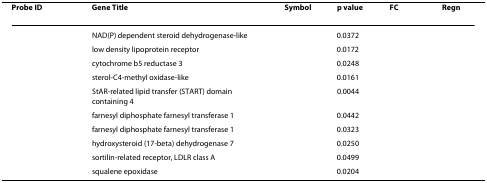
<table><thead><tr><td><b>Probe ID</b></td><td><b>Gene Title</b></td><td><b>Symbol</b></td><td><b>p value</b></td><td><b>FC</b></td><td><b>Regn</b></td></tr></thead><tbody><tr><td>[EMPTY_CELL]</td><td>NAD(P) dependent steroid dehydrogenase-like</td><td>[EMPTY_CELL]</td><td>0.0372</td><td>[EMPTY_CELL]</td><td>[EMPTY_CELL]</td></tr><tr><td>[EMPTY_CELL]</td><td>low density lipoprotein receptor</td><td>[EMPTY_CELL]</td><td>0.0172</td><td>[EMPTY_CELL]</td><td>[EMPTY_CELL]</td></tr><tr><td>[EMPTY_CELL]</td><td>cytochrome b5 reductase 3</td><td>[EMPTY_CELL]</td><td>0.0248</td><td>[EMPTY_CELL]</td><td>[EMPTY_CELL]</td></tr><tr><td>[EMPTY_CELL]</td><td>sterol-C4-methyl oxidase-like</td><td>[EMPTY_CELL]</td><td>0.0161</td><td>[EMPTY_CELL]</td><td>[EMPTY_CELL]</td></tr><tr><td>[EMPTY_CELL]</td><td>StAR-related lipid transfer (START) domain containing 4</td><td>[EMPTY_CELL]</td><td>0.0044</td><td>[EMPTY_CELL]</td><td>[EMPTY_CELL]</td></tr><tr><td>[EMPTY_CELL]</td><td>farnesyl diphosphate farnesyl transferase 1</td><td>[EMPTY_CELL]</td><td>0.0442</td><td>[EMPTY_CELL]</td><td>[EMPTY_CELL]</td></tr><tr><td>[EMPTY_CELL]</td><td>farnesyl diphosphate farnesyl transferase 1</td><td>[EMPTY_CELL]</td><td>0.0323</td><td>[EMPTY_CELL]</td><td>[EMPTY_CELL]</td></tr><tr><td>[EMPTY_CELL]</td><td>hydroxysteroid (17-beta) dehydrogenase 7</td><td>[EMPTY_CELL]</td><td>0.0250</td><td>[EMPTY_CELL]</td><td>[EMPTY_CELL]</td></tr><tr><td>[EMPTY_CELL]</td><td>sortilin-related receptor, LDLR class A</td><td>[EMPTY_CELL]</td><td>0.0499</td><td>[EMPTY_CELL]</td><td>[EMPTY_CELL]</td></tr><tr><td>[EMPTY_CELL]</td><td>squalene epoxidase</td><td>[EMPTY_CELL]</td><td>0.0204</td><td>[EMPTY_CELL]</td><td>[EMPTY_CELL]</td></tr></tbody></table>